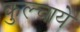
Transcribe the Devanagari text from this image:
कुल्चाये